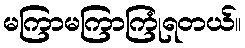
မကြာမကြာကြုံရတယ်။